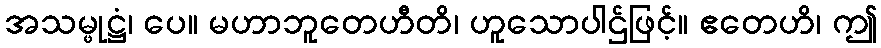
အသမ္ဖုဋ္ဌံ၊ ပေ။ မဟာဘူတေဟီတိ၊ ဟူသောပါဌ်ဖြင့်။ ဧတေဟိ၊ ဤ